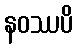
နဝဿပိ